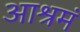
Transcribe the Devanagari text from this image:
आश्रमं